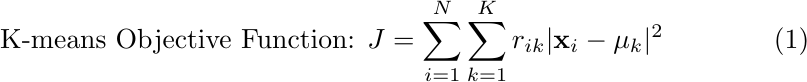
\begin{equation}
\text{K-means Objective Function: } J = \sum_{i=1}^{N} \sum_{k=1}^{K} r_{ik} |\mathbf{x}_i - \mathbf{\mu}_k|^2
\end{equation}